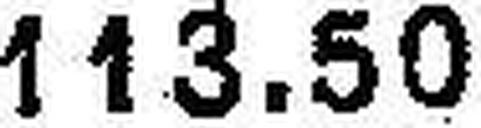
113.50